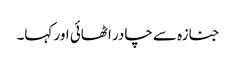
جنازہ سے چادر اٹھائی اور کہا۔